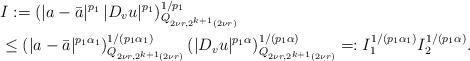
LaTeX: \begin{align*}& I: =(|a - \bar a|^{p_1}\, |D_v u|^{p_1})^{1/p_1}_{ Q_{2\nu r, 2^{k+1 } (2\nu r) } }\\&\le (|a - \bar a|^{p_1 \alpha_1})^{1/(p_1 \alpha_1)}_{ Q_{2 \nu r, 2^{k+ 1} (2\nu r) } }\, (|D_v u|^{p_1 \alpha})^{1/(p_1 \alpha)}_{ Q_{ 2 \nu r, 2^{k+ 1 } (2\nu r) } } =: I_1^{1/(p_1 \alpha_1)} I_2^{1/(p_1 \alpha)}.\end{align*}